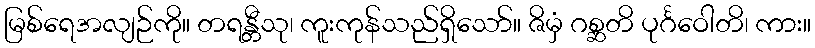
မြစ်ရေအလျဉ်ကို။ တရန္တီသု၊ ကူးကုန်သည်ရှိသော်။ ဇိမှံ ဂစ္ဆတိ ပုင်္ဂဝေါတိ၊ ကား။